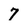
Character: 7